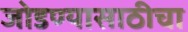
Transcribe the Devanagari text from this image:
जोडण्यासाठीचा